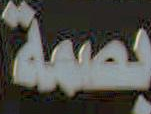
بصمة